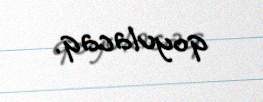
qoyulacaq.